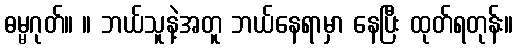
ဓမ္မဂုတ်။ ။ ဘယ်သူနဲ့အတူ ဘယ်နေရာမှာ နေပြီး ထုတ်ရတုန်း။